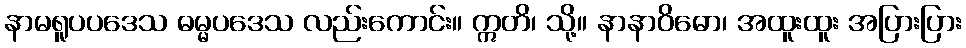
နာမရူပပဒေသ ဓမ္မပဒေသ လည်းကောင်း။ ဣတိ၊ သို့။ နာနာဝိဓော၊ အထူးထူး အပြားပြား